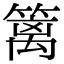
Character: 篱